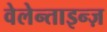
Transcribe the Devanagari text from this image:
वेलेन्ताइन्ज़